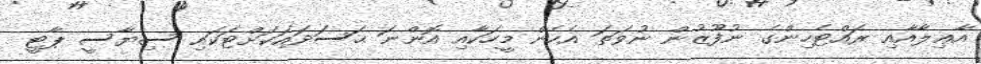
އާޢިލާއާއި ރައްޓެހިންގެ ނުފޫޒުން ނުވަތަ އެހެން މީހަކާއި އޮންނަ ޙަސަދައަކަށްޓަކައި ސިޔާސީ ޕާޓީ